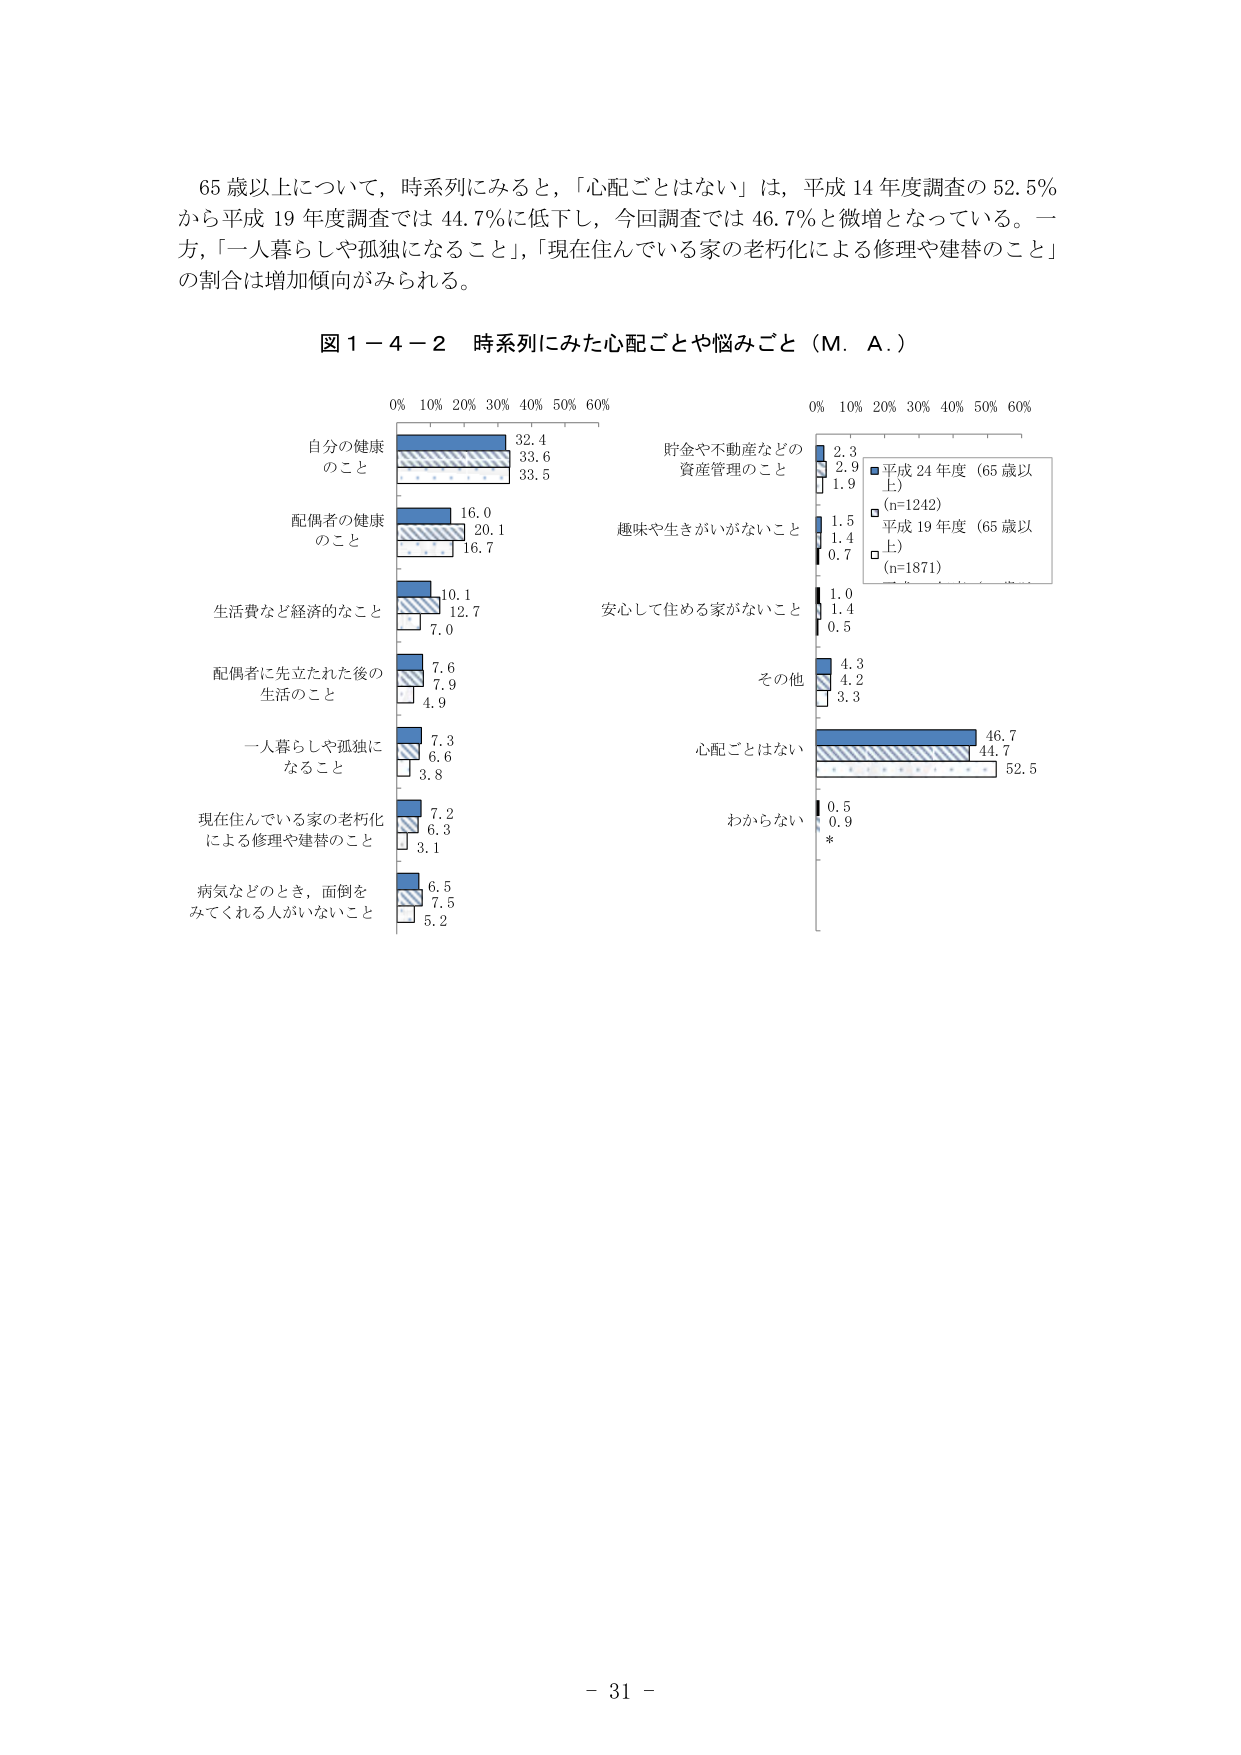
65歳以上について，時系列にみると，「心配ごとはない」は，平成14年度調査の52.5％から平成19年度調査では44.7％に低下し，今回調査では46.7％と微増となっている。一方，「一人暮らしや孤独になること」，「現在住んでいる家の老朽化による修理や建替のこと」の割合は増加傾向がみられる。

図1－4－2 時系列にみた心配ごとや悩みごと（M．A．）

0% 10% 20% 30% 40% 50% 60%
自分の健康
のこと
32.4
33.6
33.5
配偶者の健康
のこと
16.0
20.1
16.7
生活費など経済的なこと
10.1
12.7
7.0
配偶者に先立たれた後の
生活のこと
7.6
7.9
4.9
一人暮らしや孤独に
なること
7.3
6.6
3.8
現在住んでいる家の老朽化
による修理や建替のこと
7.2
6.3
3.1
病気などのとき，面倒を
みててくれる人がいないこと
6.5
7.5
5.2

0% 10% 20% 30% 40% 50% 60%
貯金や不動産などの
資産管理のこと
2.3
2.9
1.9
趣味や生きがいがないこと
1.5
1.4
0.7
安心して住める家がないこと
1.0
1.4
0.5
その他
4.3
4.2
3.3
心配ごとはない
46.7
44.7
52.5
わからない
0.5
0.9
*

■ 平成24年度（65歳以上）（n=1242）
□ 平成19年度（65歳以上）（n=1871）

- 31 -